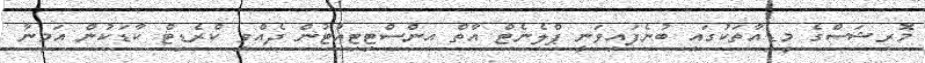
މޮރިޝަސްގެ މީޑިއާތަކުގައި ބުނެފައިވަނީ ޕްލެނެޓް އާތް އިންސްޓިޓިއުޓުން ދެއްވި ކްރެޑިޓް ކާޑަކުން އަމީނާ